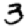
Digit: 3